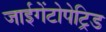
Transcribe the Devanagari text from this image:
जाईगेंटोपेट्रिड